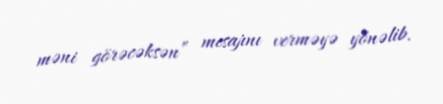
məni görəcəksən” mesajını verməyə yönəlib.